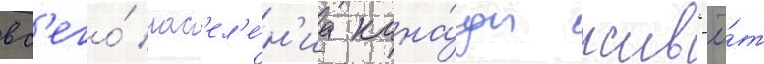
вс'его́ нас'ел'е́н'иа кана́ды жив'ё́т